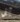
أفي